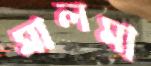
মালমা